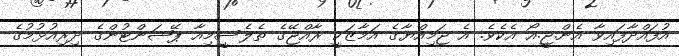
އުފައްދާފައިވާ އެން.ޖީ.އޯ އެކެވެ. އެ ޖަމިއްޔާގެ އަމާޒަކީ ރާއްޖޭގެ ތެލެސީމިއާ ޕޭޝަންޓުންގެ ދިރިއުޅުމުގެ